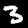
Label: 3